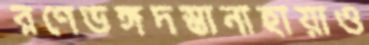
রণেভঙ্গদস্তানাহায়াও